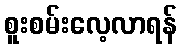
စူးစမ်းလေ့လာရန်